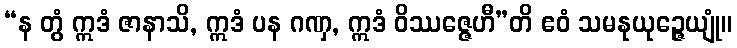
“န တွံ ဣဒံ ဇာနာသိ, ဣဒံ ပန ဂဏှ, ဣဒံ ဝိဿဇ္ဇေဟီ”တိ ဧဝံ သမနုယုဉ္ဇေယျုံ။